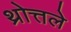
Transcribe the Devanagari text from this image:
थ्रोत्तले